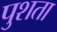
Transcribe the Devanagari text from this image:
पुशता